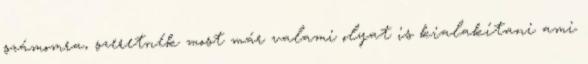
számomra, szeretnék most már valami olyat is kialakítani ami